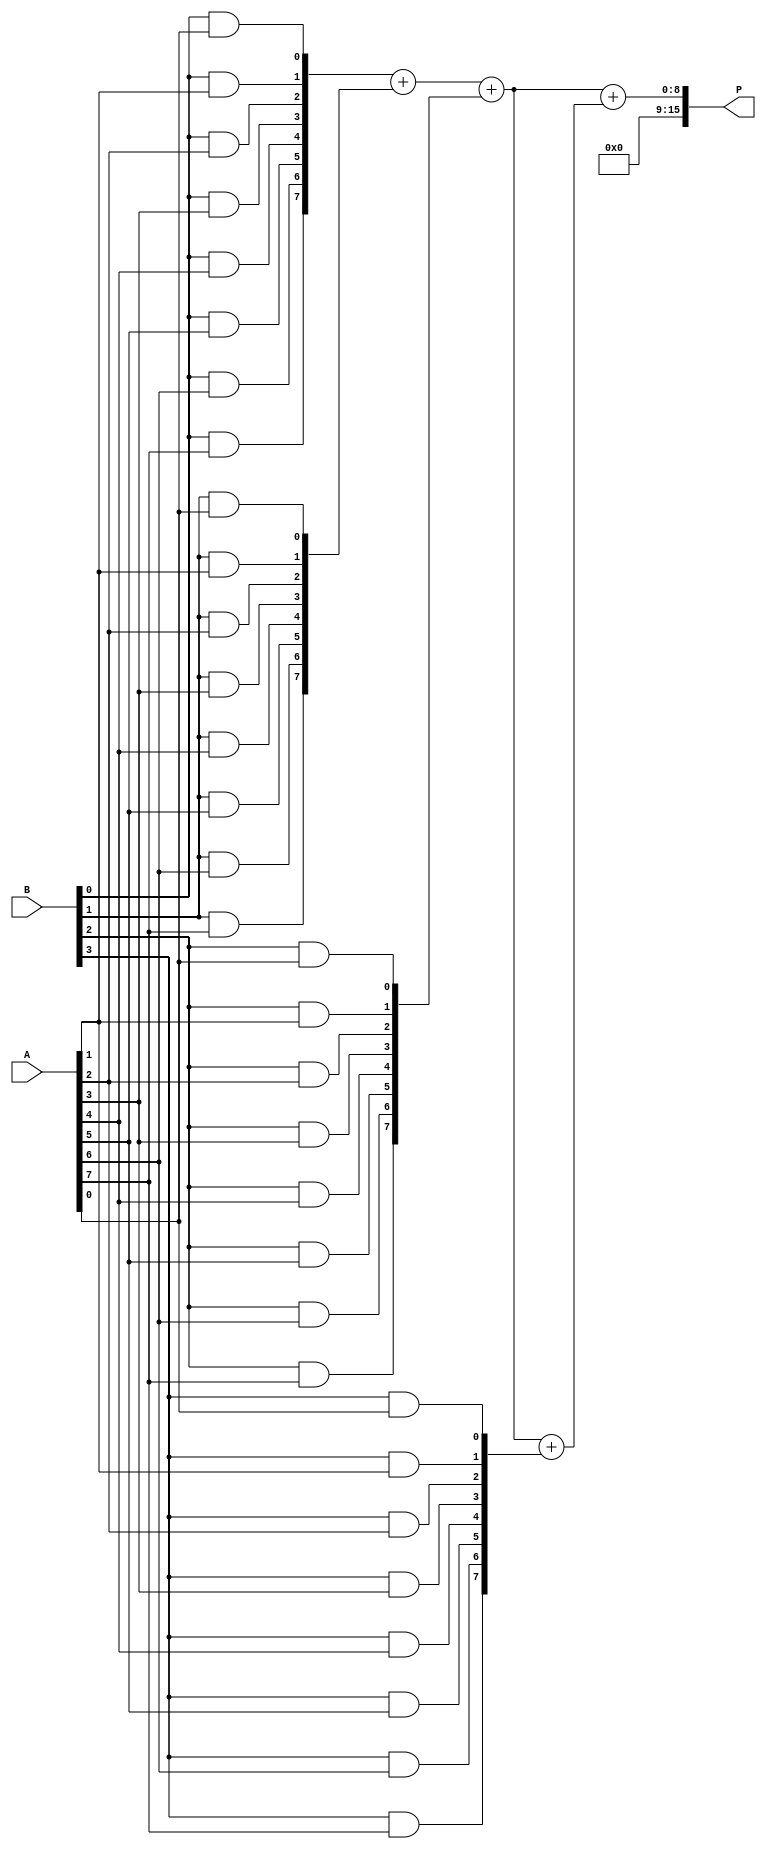
module radix4_wallace_multiplier #(parameter N = 8) (
    input [N-1:0] A,  // Multiplicand
    input [N-1:0] B,  // Multiplier
    output reg [2*N-1:0] P // Product
);

    // Partial product wires
    wire [N-1:0] pp [0:3]; // Partial products for 2 bits of B
    wire [2*N-1:0] sum_stage1 [0:2*N-1]; // First stage sums
    wire [2*N-1:0] sum_stage2 [0:2*N-1]; // Second stage sums
    wire [2*N-1:0] final_sum; // Final sum output

    // Generate partial products based on the bits of B
    generate
        genvar i, j;
        for (i = 0; i < N; i = i + 1) begin : pp_gen
            assign pp[0][i] = (B[0] & A[i]); // B[0] * A
            assign pp[1][i] = (B[1] & A[i]); // B[1] * A
            assign pp[2][i] = (B[2] & A[i]); // B[2] * A
            assign pp[3][i] = (B[3] & A[i]); // B[3] * A
        end
    endgenerate

    // Stage 1: Compress the partial products using half and full adders
    // This is a simplified version; you would typically implement the full adder and half adder logic
    // Here we just show the concept of summing three partial products
    wire [N:0] carry1, carry2, carry3; // Carry wires for adders
    wire [N-1:0] sum1, sum2;

    // Example of adding three partial products
    // You will need to implement the actual adder logic
    assign {carry1, sum1} = pp[0] + pp[1] + pp[2]; // First addition
    assign {carry2, sum2} = sum1 + pp[3]; // Second addition

    // Stage 2: Continue combining sums until two numbers remain
    // This is a simplified example; you will need to implement the actual tree structure
    assign sum_stage1[0] = sum1;
    assign sum_stage1[1] = sum2;

    // Final addition to get the product
    assign final_sum = sum_stage1[0] + sum_stage1[1];

    // Assign the final product
    always @(*) begin
        P = final_sum; // Output the final product
    end

endmodule